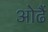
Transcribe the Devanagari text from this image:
ओढैं